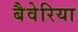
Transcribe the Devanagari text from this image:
बैवेरिया